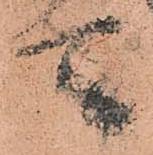
壱